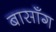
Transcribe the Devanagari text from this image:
बासाँग